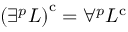
\left( \exists ^ { p } L \right) ^ { \mathrm { { c } } } = \forall ^ { p } L ^ { \mathrm { { c } } }